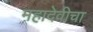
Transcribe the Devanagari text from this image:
महादेवीचा